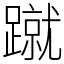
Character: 蹴